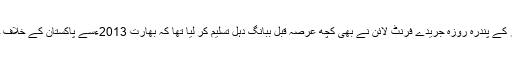
دی ہندو گروپ آف پبلی کیشنز کے پندرہ روزہ جریدے فرنٹ لائن نے بھی کچھ عرصہ قبل ببانگ دہل تسلیم کر لیا تھا کہ بھارت 2013ءسے پاکستان کے خلاف خفیہ جنگ چھیڑے ہوئے ہے۔